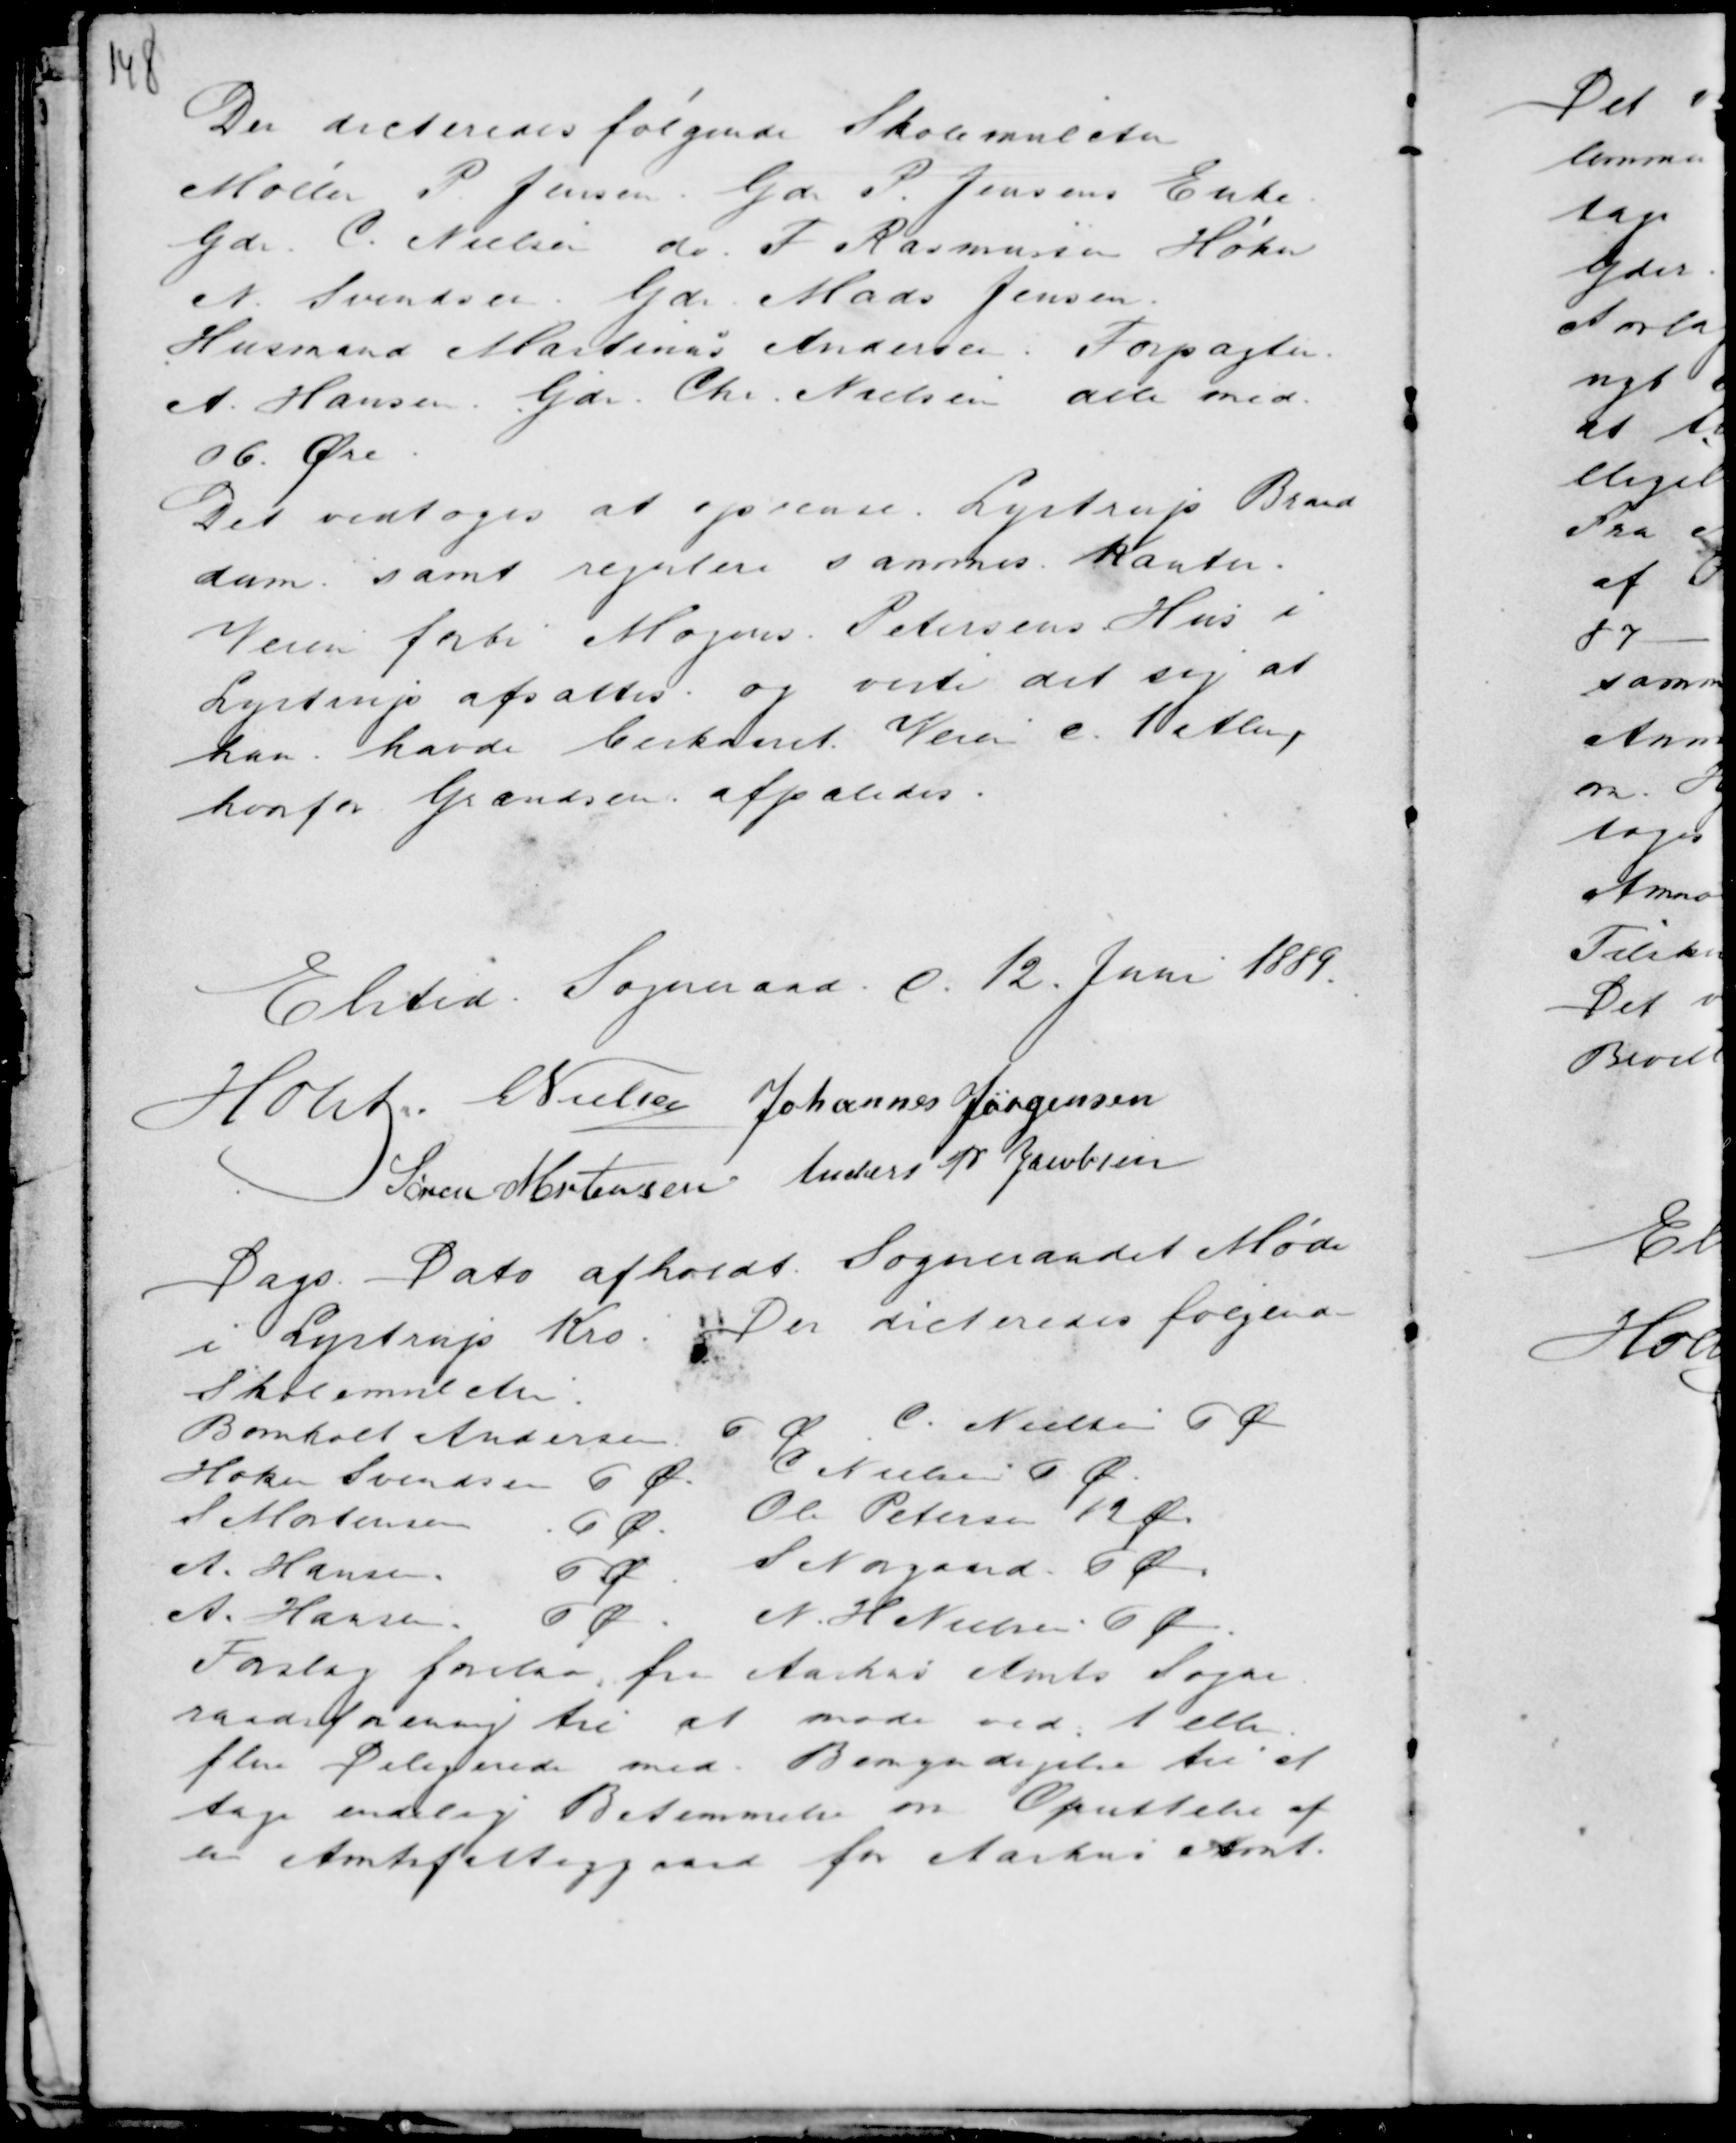
Transskription:
Der dicteredes følgende Skolemulcter
Møller P Jensen Gdr P. Jensens Enke
Gdr C. Nielsen do . F Rasmussen Høker
N. Svendsen Gdr Mads Jensen.
Husmand Martinus Andersen Forpagter
A. Hansen Gdr. Chr. Nielsen alle med
06 Øre.
Det vedtoges at oprense Lystrup Brand
dam . samt regulere sammes Kanter.
Veien forbi Mogens Petersens Hus i
Lystrup afsattes . og viste det sig at
han havde beskaaret Veien c. 10 Alen,
hvorfor Grændsen afpæledes .

Elsted Sogneraad d. 12. Juni 1889.
Holst .. C Nielsen Johannes Jørgensen
Søren Mortensen Anders P Jacobsen
Dags Dato afholdt Sogneraadet Møde
i Lystrup Kro. Der dicteredes følgende
Skolemulcter :

Bomholt Andersen 6 Ø

C. Nielsen 6 Ø.

Forslag forelaa fra Aarhus Amts Sogne
raadsforening til at møde ved 1 eller
flere Delegerede med Bemyndigelse til at
tage endelig Bestemmelse om Oprettelse af
en Amtsfattiggaard for Aarhus Amt.